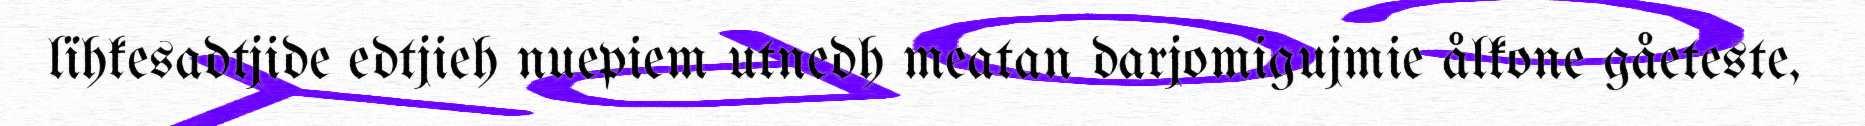
lïhkesadtjide edtjieh nuepiem utnedh meatan darjomigujmie ålkone gåeteste,